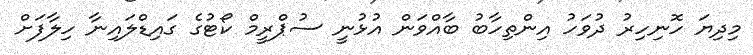
މިދިޔަ ހޮނިހިރު ދުވަހު އިންތިހާބު ބާއްވަން އުޅުނީ ސުޕްރީމް ކޯޓުގެ ގައިޑްލައިނާ ހިލާފަށް